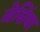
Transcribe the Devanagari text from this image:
जेसिंथा